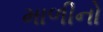
માળીનો